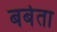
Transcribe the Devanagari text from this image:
बर्बता